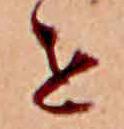
せ